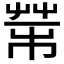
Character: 𦮅